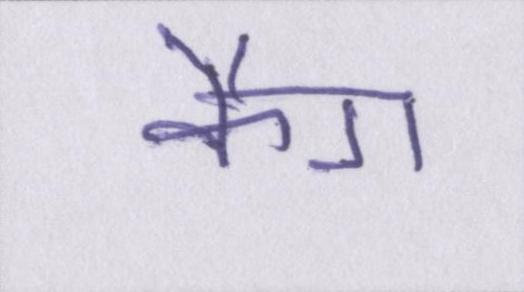
कैग